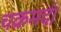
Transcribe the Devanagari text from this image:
चक्रमर्द।